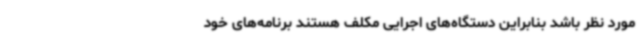
مورد نظر باشد بنابراین دستگاه‌های اجرایی مکلف هستند برنامه‌های خود